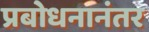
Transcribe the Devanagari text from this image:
प्रबोधनानंतर